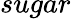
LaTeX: sugar